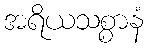
အရိယသစ္စာနံ